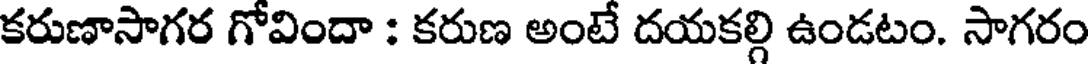
కరుణాసాగర గోవిందా : కరుణ అంటే దయకల్గి ఉండటం. సాగరం